Report of the Indian Hemp Drugs Commission, 1894-1895 - Volume VII
Year: 1894
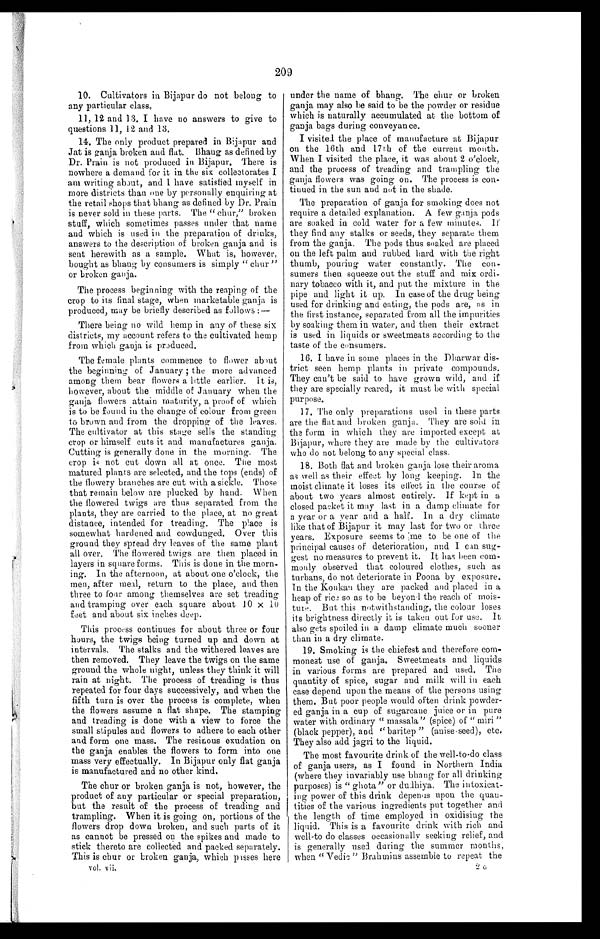
209
10. Cultivators in Bijapur do not belong to
any particular class.
11, 12 and 13. I have no answers to give to
questions 11, 12 and 13.
14. The only product prepared in Bijapur and
Jat is ganja broken and flat. Bhang as defined by
Dr. Prain is not produced in Bijapur. There is
nowhere a demand for it in the six collectorates I
am writing about, and I have satisfied myself in
more districts than one by personally enquiring at
the retail shops that bhang as defined by Dr. Prain
is never sold in these parts. The " chur," broken
stuff, which sometimes passes under that name
and which is used in the preparation of drinks,
answers to the description of broken ganja and is
sent herewith as a sample. What is, however,
bought as bhang by consumers is simply " chur "
or broken ganja.
The process beginning with the reaping of the
crop to its final stage, when marketable ganja is
produced, may be briefly described as follows :—
There being no wild hemp in any of these six
districts, my account refers to the cultivated hemp
from which ganja is produced.
The female plants commence to flower about
the beginning of January ; the more advanced
among them bear flowers a little earlier. It is,
however, about the middle of January when the
ganja flowers attain maturity, a proof of which
is to be found in the change of colour from green
to brown and from the dropping of the leaves.
The cultivator at this stage sells the standing
crop or himself cuts it and manufactures ganja.
Cutting is generally done in the morning. The
crop is not cut down all at once. The most
matured plants are selected, and the tops (ends) of
the flowery branches are cut with a sickle. Those
that remain below are plucked by hand. When
the flowered twigs are thus separated from the
plants, they are carried to the place, at no great
distance, intended for treading. The place is
somewhat hardened and cowdunged. Over this
ground they spread dry leaves of the same plant
all over. The flowered twigs are then placed in
layers in square forms. This is done in the morn-
ing. In the afternoon, at about one o'clock, the
men, after meal, return to the place, and then
three to four among themselves are set treading
and tramping over each square about 10 × 10
feet and about six inches deep.
This process continues for about three or four
hours, the twigs being turned up and down at
intervals. The stalks and the withered leaves are
then removed. They leave the twigs on the same
ground the whole night, unless they think it will
rain at night. The process of treading is thus
repeated for four days successively, and when the
fifth turn is over the process is complete, when
the flowers assume a flat shape. The stamping
and treading is done with a view to force the
small stipules and flowers to adhere to each other
and form one mass. The resinous exudation on
the ganja enables the flowers to form into one
mass very effectually. In Bijapur only flat ganja
is manufactured and no other kind.
The chur or broken ganja is not, however, the
product of any particular or special preparation,
but the result of the process of treading and
trampling. When it is going on, portions of the
flowers drop down broken, and such parts of it
as cannot be pressed on the spikes and made to
stick thereto are collected and packed separately.
This is chur or broken ganja, which passes here
vol. vii.
under the name of bhang. "he chur or broken
ganja may also be said to be the powder or residue
which is naturally accumulated at the bottom of
ganja bags during conveyance.
I visited the place of manufacture at Bijapur
on the 16th and 17th of the current mouth.
When I visited the place, it was about 2 o'clock,
and the process of treading and trampling the
ganja flowers was going on. The process is con-
tinued in the sun and not in the shade.
The preparation of ganja for smoking does not
require a detailed explanation. A few ganja pods
are soaked in cold water for a few minutes. It
they find any stalks or seeds, they separate them
from the ganja. The pods thus soaked are placed
on the left palm and rubbed hard with the right
thumb, pouring water constantly. The con-
sumers then squeeze out the stuff and mix ordi-
nary tobacco with it, and put the mixture in the
pipe and light it up. In case of the drug being
used for drinking and eating, the pods are, as in
the first instance, separated from all the impurities
by soaking them in water, and then their extract
is used in liquids or sweetmeats according to the
taste of the consumers.
16. I have in some places in the Dharwar dis-
trict seen hemp plants in private compounds.
They can't be said to have grown wild, and if
they are specially reared, it must be with special
purpose.
17. The only preparations used in these parts
are the flat and broken ganja. They are sold in
the form in which they are imported except at
Bijapur, where they are made by the cultivators
who do not belong to any special class.
18. Both flat and broken ganja lose their aroma
as well as their effect by long keeping. In the
moist climate it loses its effect in the course of
about two years almost entirely. If kept in a
closed packet it may last in a damp climate for
a year or a year and a half. In a dry climate
like that of Bijapur it may last for two or three
years. Exposure seems to me to be one of the
principal causes of deterioration, and I can sug-
gest no measures to prevent it. It has been com-
monly observed that coloured clothes, such as
turbans, do not deteriorate in Poona by exposure.
In the Konkan they are packed and placed in a
heap of rice so as to be beyond the reach of mois-
ture. But this notwithstanding, the colour loses
its brightness directly it is taken out for use. It
also gets spoiled in a damp climate much sooner
than in a dry climate.
19. Smoking is the chiefest and therefore com-
monest use of ganja. Sweetmeats and liquids
in various forms are prepared and used. The
quantity of spice, sugar and milk will in each
case depend upon the means of the persons using
them. But poor people would often drink powder-
ed ganja in a cup of sugarcane juice or in pure
water with ordinary " massala" (spice) of " miri "
(black pepper), and "baritep " (anise seed), etc.
They also add jagri to the liquid.
The most favourite drink of the well-to-do class
of ganja users, as I found in Northern India
(where they invariably use bhang for all drinking
purposes) is " ghota" or dudhiya. The intoxicat-
ing power of this drink depenus upon the quan-
tities of the various ingredients put together and
the length of time employed in oxidising the
liquid. This is a favourite drink with rich and
well-to do classes occasionally seeking relief, and
is generally used during the summer months,
when " Vedic " Brahmins assemble to repeat the
2 G